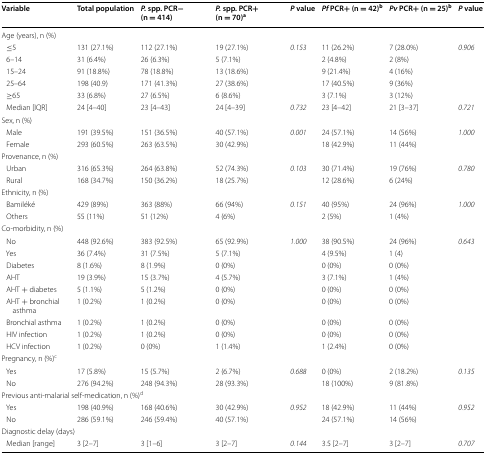
<table><thead><tr><td><b>Variable</b></td><td><b>Total population</b></td><td><b><i>P.</i> spp. PCR− (n = 414)</b></td><td><b><i>P.</i> spp. PCR+ (n = 70)<sup>a</sup></b></td><td><b><i>P</i> value</b></td><td><b><i>Pf</i> PCR+ (n = 42)<sup>b</sup></b></td><td><b><i>Pv</i> PCR+ (n = 25)<sup>b</sup></b></td><td><b><i>P</i> value</b></td></tr></thead><tbody><tr><td colspan="8">Age (years), n (%)</td></tr><tr><td> ≤5</td><td>131 (27.1%)</td><td>112 (27.1%)</td><td>19 (27.1%)</td><td rowspan="5"><i>0.153</i></td><td>11 (26.2%)</td><td>7 (28.0%)</td><td rowspan="5"><i>0.906</i></td></tr><tr><td> 6–14</td><td>31 (6.4%)</td><td>26 (6.3%)</td><td>5 (7.1%)</td><td>2 (4.8%)</td><td>2 (8%)</td></tr><tr><td> 15–24</td><td>91 (18.8%)</td><td>78 (18.8%)</td><td>13 (18.6%)</td><td>9 (21.4%)</td><td>4 (16%)</td></tr><tr><td> 25–64</td><td>198 (40.9)</td><td>171 (41.3%)</td><td>27 (38.6%)</td><td>17 (40.5%)</td><td>9 (36%)</td></tr><tr><td> ≥65</td><td>33 (6.8%)</td><td>27 (6.5%)</td><td>6 (8.6%)</td><td>3 (7.1%)</td><td>3 (12%)</td></tr><tr><td> Median [IQR]</td><td>24 [4–40]</td><td>23 [4–43]</td><td>24 [4–39]</td><td><i>0.732</i></td><td>23 [4–42]</td><td>21 [3–37]</td><td><i>0.721</i></td></tr><tr><td colspan="8">Sex, n (%)</td></tr><tr><td> Male</td><td>191 (39.5%)</td><td>151 (36.5%)</td><td>40 (57.1%)</td><td rowspan="2"><i>0.001</i></td><td>24 (57.1%)</td><td>14 (56%)</td><td rowspan="2"><i>1.000</i></td></tr><tr><td> Female</td><td>293 (60.5%)</td><td>263 (63.5%)</td><td>30 (42.9%)</td><td>18 (42.9%)</td><td>11 (44%)</td></tr><tr><td colspan="8">Provenance, n (%)</td></tr><tr><td> Urban</td><td>316 (65.3%)</td><td>264 (63.8%)</td><td>52 (74.3%)</td><td rowspan="2"><i>0.103</i></td><td>30 (71.4%)</td><td>19 (76%)</td><td rowspan="2"><i>0.780</i></td></tr><tr><td> Rural</td><td>168 (34.7%)</td><td>150 (36.2%)</td><td>18 (25.7%)</td><td>12 (28.6%)</td><td>6 (24%)</td></tr><tr><td colspan="8">Ethnicity, n (%)</td></tr><tr><td> Bamiléké</td><td>429 (89%)</td><td>363 (88%)</td><td>66 (94%)</td><td rowspan="2"><i>0.151</i></td><td>40 (95%)</td><td>24 (96%)</td><td rowspan="2"><i>1.000</i></td></tr><tr><td> Others</td><td>55 (11%)</td><td>51 (12%)</td><td>4 (6%)</td><td>2 (5%)</td><td>1 (4%)</td></tr><tr><td colspan="8">Co-morbidity, n (%)</td></tr><tr><td> No</td><td>448 (92.6%)</td><td>383 (92.5%)</td><td>65 (92.9%)</td><td rowspan="9"><i>1.000</i></td><td>38 (90.5%)</td><td>24 (96%)</td><td rowspan="9"><i>0.643</i></td></tr><tr><td> Yes</td><td>36 (7.4%)</td><td>31 (7.5%)</td><td>5 (7.1%)</td><td>4 (9.5%)</td><td>1 (4)</td></tr><tr><td> Diabetes</td><td>8 (1.6%)</td><td>8 (1.9%)</td><td>0 (0%)</td><td>0 (0%)</td><td>0 (0%)</td></tr><tr><td> AHT</td><td>19 (3.9%)</td><td>15 (3.7%)</td><td>4 (5.7%)</td><td>3 (7.1%)</td><td>1 (4%)</td></tr><tr><td> AHT + diabetes</td><td>5 (1.1%)</td><td>5 (1.2%)</td><td>0 (0%)</td><td>0 (0%)</td><td>0 (0%)</td></tr><tr><td> AHT + bronchial asthma</td><td>1 (0.2%)</td><td>1 (0.2%)</td><td>0 (0%)</td><td>0 (0%)</td><td>0 (0%)</td></tr><tr><td> Bronchial asthma</td><td>1 (0.2%)</td><td>1 (0.2%)</td><td>0 (0%)</td><td>0 (0%)</td><td>0 (0%)</td></tr><tr><td> HIV infection</td><td>1 (0.2%)</td><td>1 (0.2%)</td><td>0 (0%)</td><td>0 (0%)</td><td>0 (0%)</td></tr><tr><td> HCV infection</td><td>1 (0.2%)</td><td>0 (0%)</td><td>1 (1.4%)</td><td>1 (2.4%)</td><td>0 (0%)</td></tr><tr><td colspan="8">Pregnancy, n (%)<sup>c</sup></td></tr><tr><td> Yes</td><td>17 (5.8%)</td><td>15 (5.7%)</td><td>2 (6.7%)</td><td rowspan="2"><i>0.688</i></td><td>0 (0%)</td><td>2 (18.2%)</td><td rowspan="2"><i>0.135</i></td></tr><tr><td> No</td><td>276 (94.2%)</td><td>248 (94.3%)</td><td>28 (93.3%)</td><td>18 (100%)</td><td>9 (81.8%)</td></tr><tr><td colspan="8">Previous anti-malarial self-medication, n (%)<sup>d</sup></td></tr><tr><td> Yes</td><td>198 (40.9%)</td><td>168 (40.6%)</td><td>30 (42.9%)</td><td rowspan="2"><i>0.952</i></td><td>18 (42.9%)</td><td>11 (44%)</td><td rowspan="2"><i>0.952</i></td></tr><tr><td> No</td><td>286 (59.1%)</td><td>246 (59.4%)</td><td>40 (57.1%)</td><td>24 (57.1%)</td><td>14 (56%)</td></tr><tr><td colspan="8">Diagnostic delay (days)</td></tr><tr><td> Median [range]</td><td>3 [2–7]</td><td>3 [1–6]</td><td>3 [2–7]</td><td><i>0.144</i></td><td>3.5 [2–7]</td><td>3 [2–7]</td><td><i>0.707</i></td></tr></tbody></table>